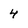
Character: 4